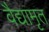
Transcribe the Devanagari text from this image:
वैद्यामृत